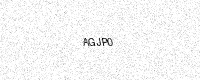
Text: AGJP0